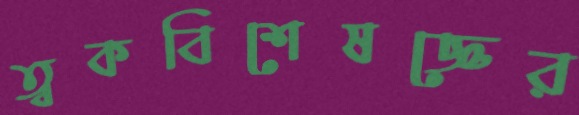
ত্বকবিশেষজ্ঞের